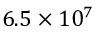
6 . 5 \times 1 0 ^ { 7 }